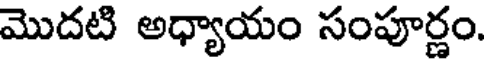
మొదటి అధ్యాయం సంపూర్ణం.